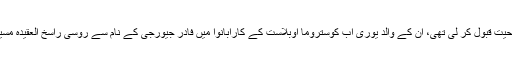
دونوں نے مسیحیت قبول کر لی تھی، ان کے والد یوری اب کوستروما اوبلاست کے کارابانوا میں فادر جیورجی کے نام سے روسی راسخ العقیدہ مسیحی پادری ہیں۔